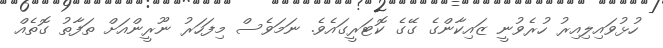
ހުޅުވައިލިއިރު ހުރެވުނީ ޒައިކާންގެ ގޭގެ ކޮޓަރީގައެވެ. ނަމަވެސް މިފަހަރު ނޫރީންއަށް ތަފާތު ގޮތެއް